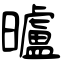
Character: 曥